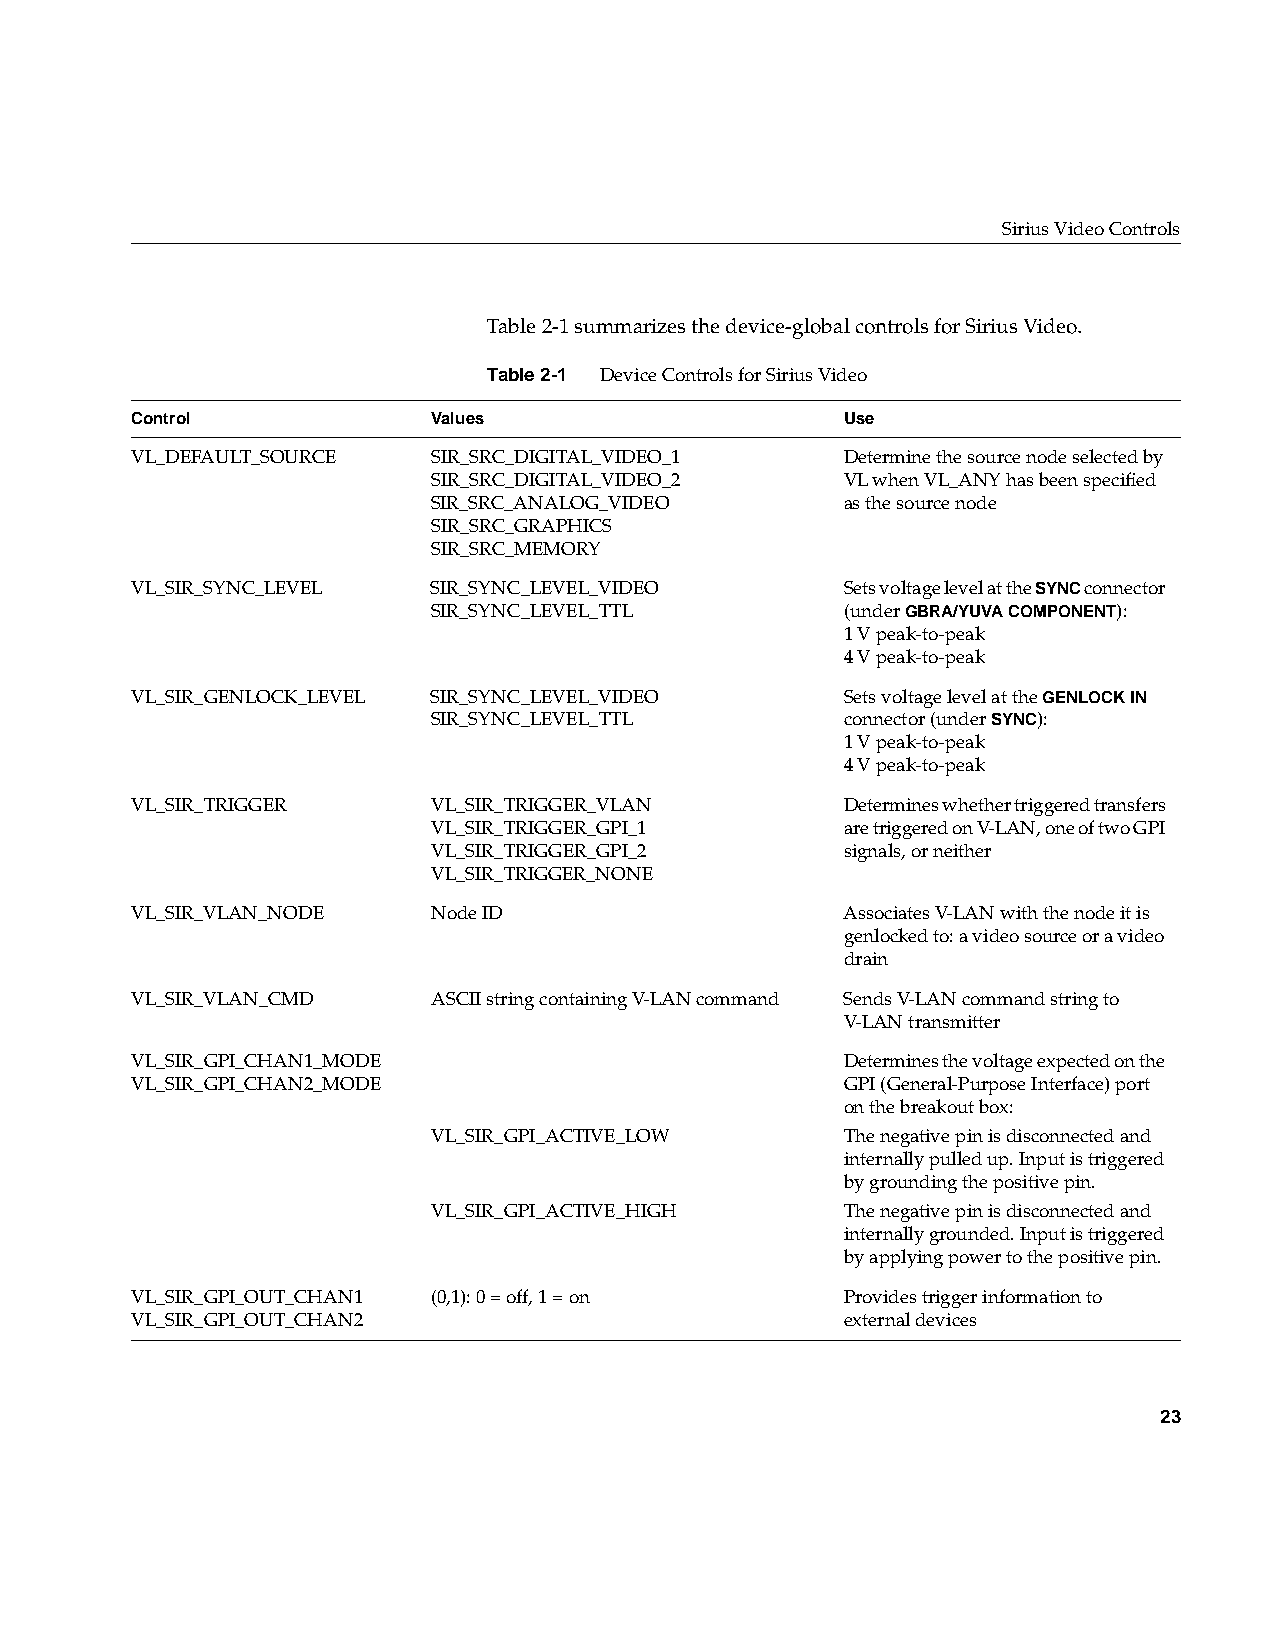
Sirius Video Controls
 Table2-1 summarizes the device-global controls for Sirius Video.
 Table2-1 Device Controls for Sirius Video
 Control             Values                     Use
 VL_DEFAULT_SOURCE   SIR_SRC_DIGITAL_VIDEO_1    Determine the source node selected by
 SIR_SRC_DIGITAL_VIDEO_2    VL when VL_ANY has been specified
 SIR_SRC_ANALOG_VIDEO       as the source node
 SIR_SRC_GRAPHICS
 SIR_SRC_MEMORY
 VL_SIR_SYNC_LEVEL   SIR_SYNC_LEVEL_VIDEO       Sets voltage level at the SYNC connector
 SIR_SYNC_LEVEL_TTL         (underGBRA/YUVA COMPONENT):
 1 V peak-to-peak
 4 V peak-to-peak
 VL_SIR_GENLOCK_LEVEL SIR_SYNC_LEVEL_VIDEO      Sets voltage level at theGENLOCK IN
 SIR_SYNC_LEVEL_TTL         connector (underSYNC):
 1 V peak-to-peak
 4 V peak-to-peak
 VL_SIR_TRIGGER      VL_SIR_TRIGGER_VLAN        Determines whether triggered transfers
 VL_SIR_TRIGGER_GPI_1       are triggered on V-LAN, one of two GPI
 VL_SIR_TRIGGER_GPI_2       signals, or neither
 VL_SIR_TRIGGER_NONE
 VL_SIR_VLAN_NODE    Node ID                    Associates V-LAN with the node it is
 genlocked to: a video source or a video
 drain
 VL_SIR_VLAN_CMD     ASCII string containing V-LAN command Sends V-LAN command string to
 V-LAN transmitter
 VL_SIR_GPI_CHAN1_MODE                          Determines the voltage expected on the
 VL_SIR_GPI_CHAN2_MODE                          GPI (General-Purpose Interface) port
 on the breakout box:
 VL_SIR_GPI_ACTIVE_LOW      The negative pin is disconnected and
 internally pulled up. Input is triggered
 by grounding the positive pin.
 VL_SIR_GPI_ACTIVE_HIGH     The negative pin is disconnected and
 internally grounded. Input is triggered
 by applying power to the positive pin.
 VL_SIR_GPI_OUT_CHAN1 (0,1): 0 = off, 1 = on    Provides trigger information to
 VL_SIR_GPI_OUT_CHAN2                           external devices
 23